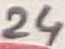
Text: 24